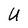
Character: U